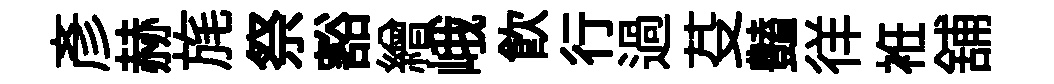
彥赫旄祭豁繒峨飲行過芟𧰟徉袵舖